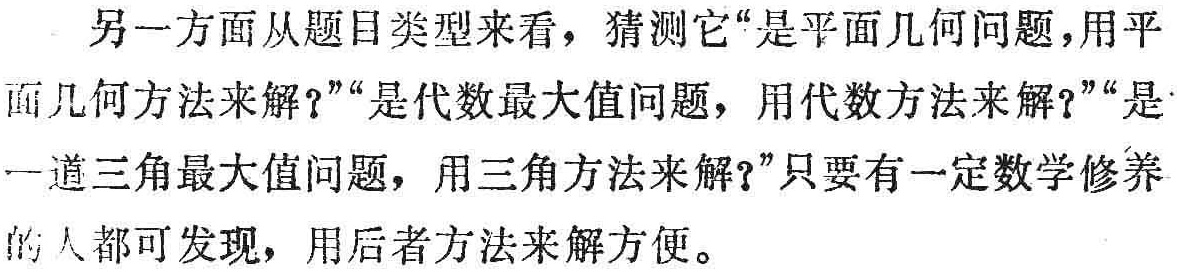
另一方面从题目类型来看，猜测它“是平面几何问题，用平面几何方法来解？”“是代数最大值问题，用代数方法来解？”“是一道三角最大值问题，用三角方法来解？”只要有一定数学修养的人都可发现，用后者方法来解方便。